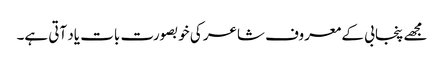
مجھے پنجابی کے معروف شاعر کی خوبصورت بات یاد آتی ہے۔